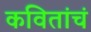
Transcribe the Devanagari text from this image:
कवितांचं